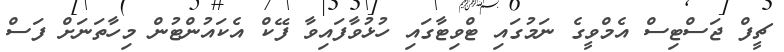
ޗީފް ޖަސްޓިސް އެމްވީގެ ނަމުގައި ޓްވިޓާގައި ހުޅުވާފައިވާ ފޭކް އެކައުންޓުން މިހާތަނަށް ފަސް